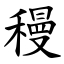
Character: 䅼